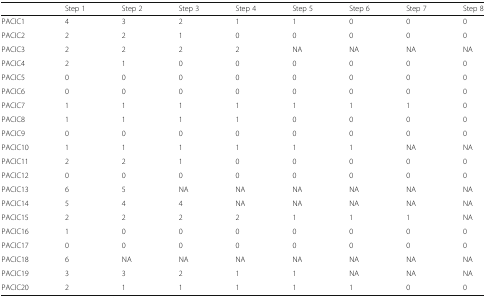
|  | Step 1 | Step 2 | Step 3 | Step 4 | Step 5 | Step 6 | Step 7 | Step 8 |
 | --- | --- | --- | --- | --- | --- | --- | --- | --- |
 | PACIC1 | 4 | 3 | 2 | 1 | 1 | 0 | 0 | 0 |
 | PACIC2 | 2 | 2 | 1 | 0 | 0 | 0 | 0 | 0 |
 | PACIC3 | 2 | 2 | 2 | 2 | NA | NA | NA | NA |
 | PACIC4 | 2 | 1 | 0 | 0 | 0 | 0 | 0 | 0 |
 | PACIC5 | 0 | 0 | 0 | 0 | 0 | 0 | 0 | 0 |
 | PACIC6 | 0 | 0 | 0 | 0 | 0 | 0 | 0 | 0 |
 | PACIC7 | 1 | 1 | 1 | 1 | 1 | 1 | 1 | 0 |
 | PACIC8 | 1 | 1 | 1 | 1 | 0 | 0 | 0 | 0 |
 | PACIC9 | 0 | 0 | 0 | 0 | 0 | 0 | 0 | 0 |
 | PACIC10 | 1 | 1 | 1 | 1 | 1 | 1 | NA | NA |
 | PACIC11 | 2 | 2 | 1 | 0 | 0 | 0 | 0 | 0 |
 | PACIC12 | 0 | 0 | 0 | 0 | 0 | 0 | 0 | 0 |
 | PACIC13 | 6 | 5 | NA | NA | NA | NA | NA | NA |
 | PACIC14 | 5 | 4 | 4 | NA | NA | NA | NA | NA |
 | PACIC15 | 2 | 2 | 2 | 2 | 1 | 1 | 1 | NA |
 | PACIC16 | 1 | 0 | 0 | 0 | 0 | 0 | 0 | 0 |
 | PACIC17 | 0 | 0 | 0 | 0 | 0 | 0 | 0 | 0 |
 | PACIC18 | 6 | NA | NA | NA | NA | NA | NA | NA |
 | PACIC19 | 3 | 3 | 2 | 1 | 1 | NA | NA | NA |
 | PACIC20 | 2 | 1 | 1 | 1 | 1 | 1 | 0 | 0 |